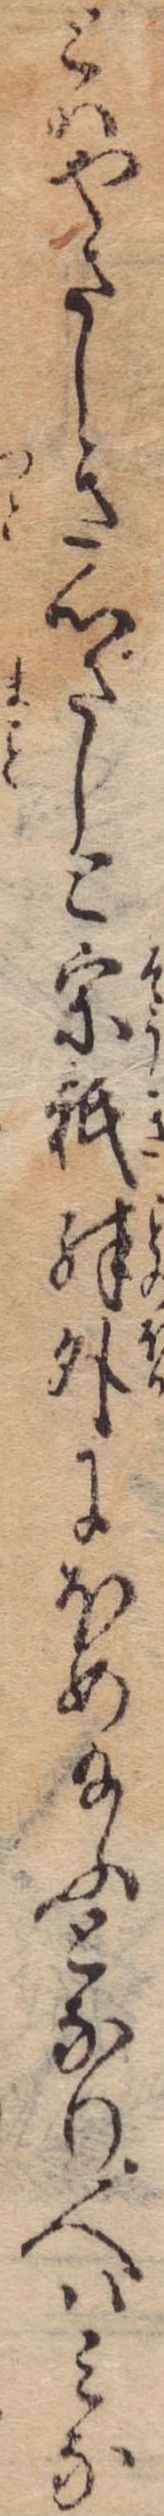
とはやさしき心ざしと宗祇殊外にほめ給ふとなり人はみな